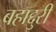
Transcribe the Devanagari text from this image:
बहाद्दुरी